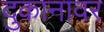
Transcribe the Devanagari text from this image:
दुकानावर